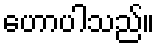
ဟောပါသည်။